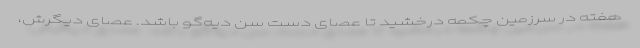
هفته در سرزمین چکمه درخشید تا عصای دست سن دیه‌گو باشد. عصای دیگرش،